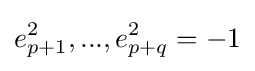
e_{p+1}^{2},...,e_{p+q}^{2}=-1